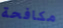
مكافحة